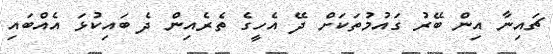
ޗައިނާ އިން ބޭރު ގައުމުތަކަށް ދޭ އެހީގެ ތެރެއިން ދެ ބައިކުޅަ އެއްބައި